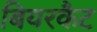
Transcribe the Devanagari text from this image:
बियरकैट